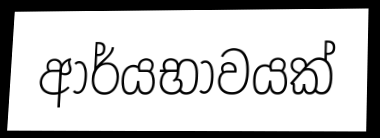
ආර්යභාවයක්